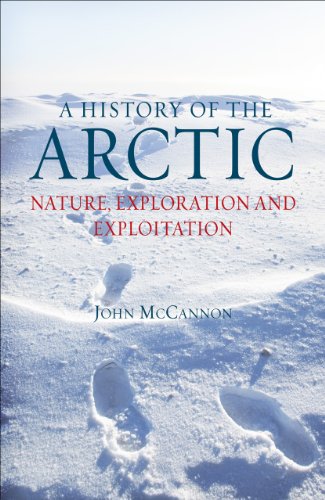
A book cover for A History of the Arctic: Nature, Exploration and Exploitation; John McCannon; History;